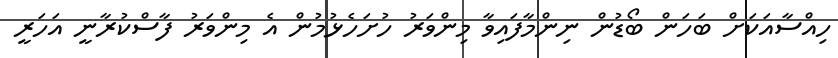
ހިއްސާއަކަށް ބަހަން ބޯޑުން ނިންމާފައިވާ މިންވަރު ހުށަހެޅުމުން އެ މިންވަރު ފާސްކުރާނީ އަހަރީ